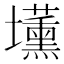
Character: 𡓽